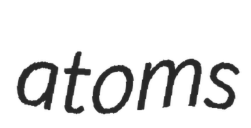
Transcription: atoms